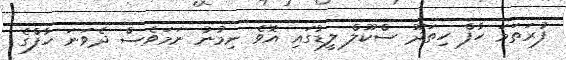
ފުރަތަމަ ހާފް ހިތަދޫ ސްކޫލް ލީޑުގައި އޮވެ ނިމުނު ނަމަވެސް ދެވަަނަ ހާފްގެ